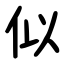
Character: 似